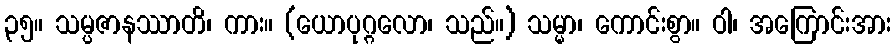
၃၅။ သမ္ပဇာနဿာတိ၊ ကား။ (ယောပုဂ္ဂလော၊ သည်။) သမ္မာ၊ ကောင်းစွာ။ ဝါ၊ အကြောင်းအား